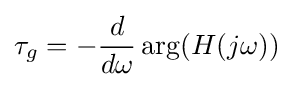
\tau _{g}=-{\frac {d}{d\omega }}\arg(H(j\omega ))